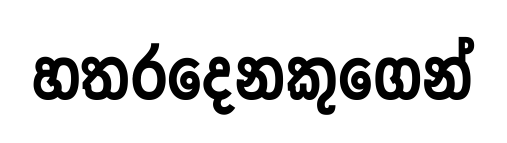
හතරදෙනකුගෙන්